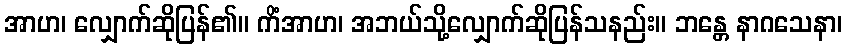
အာဟ၊ လျှောက်ဆိုပြန်၏။ ကိံအာဟ၊ အဘယ်သို့လျှောက်ဆိုပြန်သနည်း။ ဘန္တေ နာဂသေနာ၊